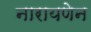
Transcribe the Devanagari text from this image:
नारायणेन